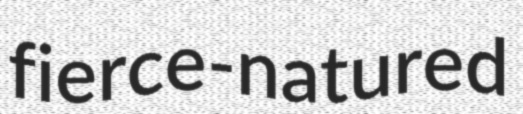
fierce-natured